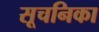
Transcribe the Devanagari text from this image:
सूचनिका